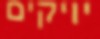
יויקים